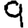
Digit: 9